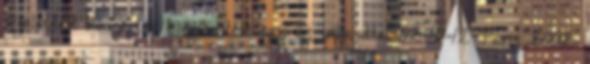
bejelentett koncertek kiegészítése egy új időponttal 02-10-12 Paris 2002: